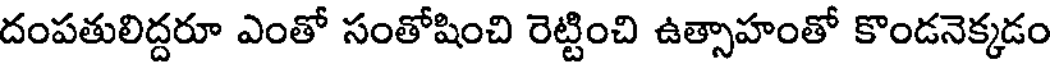
దంపతులిద్దరూ ఎంతో సంతోషించి రెట్టించి ఉత్సాహంతో కొండనెక్కడం